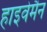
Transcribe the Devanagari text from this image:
हाइवेमैन